Scottish assistants in French schools and colleges, 1934
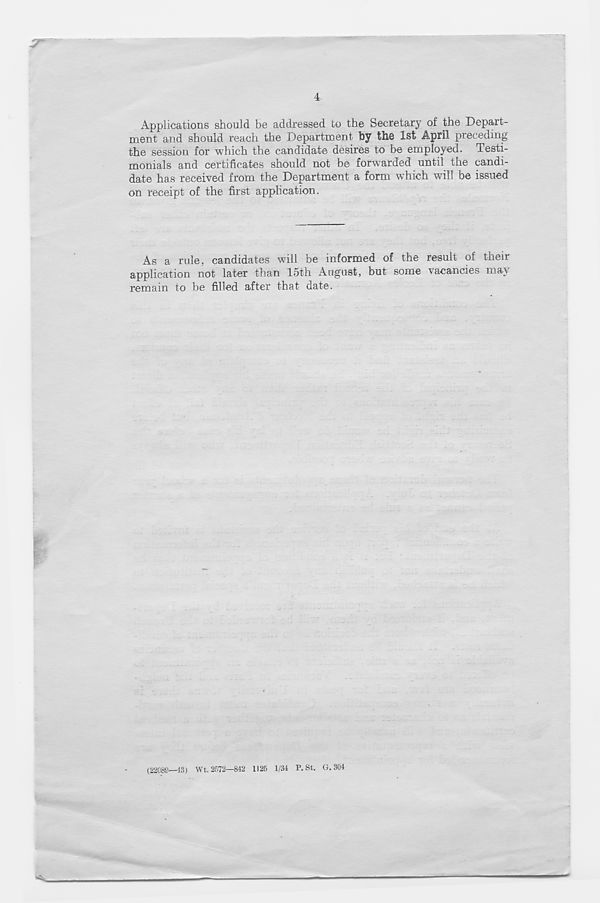
4
Applications should be addressed to the Secretary of the Depart-
ment and should reach the Department by the 1st April preceding
the session for which the candidate desires to be employed. Testi-
monials and certificates should not be forwarded until the candi-
date has received from the Department a form which will be issued
on receipt of the first application.
As a rule, candidates will be informed of the result of their
application not later than 15th August, but some vacancies may
remain to be filled after that date.
(22088—43) Wt. 2572—842 1125 1/34 P. St. G. 304